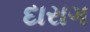
દારાગ